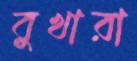
বুখারা